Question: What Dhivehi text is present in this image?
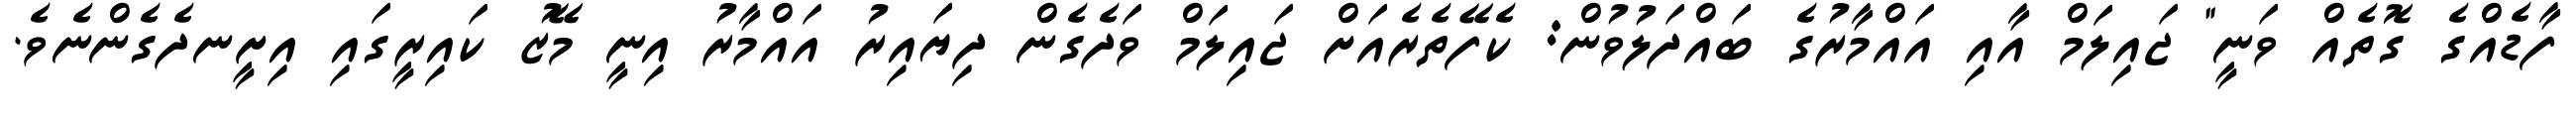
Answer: ފާޑެއްގެ ގޮތެއް ވަނީ" ޖައިލަމް އާއި އައްމާރުގެ ބައްދަލުވުން: ކެފޭތެރެއަށް ޖައިލަމް ވަދެގެން ދިޔައިރު އައްމާރު އިނީ މޭޒު ކައިރީގައި އިށީނދެގެންނެވެ.